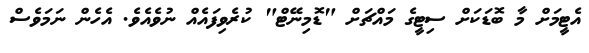
އެޓީމަށް މާ ބޮޑަކަށް ސިޓީގެ މައްޗަށް "ޑޮމިނޭޓް" ކުރެވިފައެއް ނުވެއެވެ. އެހެން ނަމަވެސް